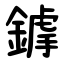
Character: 鎼